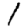
Digit: 1